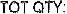
TOT QTY: